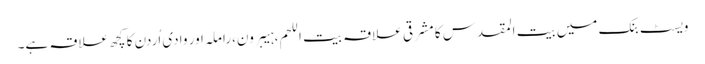
ویسٹ بنک میں بیت المقدس کا مشرقی علاقہ بیت اللحم،ہیبرون،راملہ اور وادی اُردن کا کچھ علاقہ ہے۔